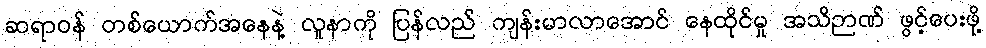
ဆရာဝန် တစ်ယောက်အနေနဲ့ လူနာကို ပြန်လည် ကျန်းမာလာအောင် နေထိုင်မှု အသိဉာဏ် ဖွင့်ပေးဖို့